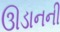
ઊડાનની